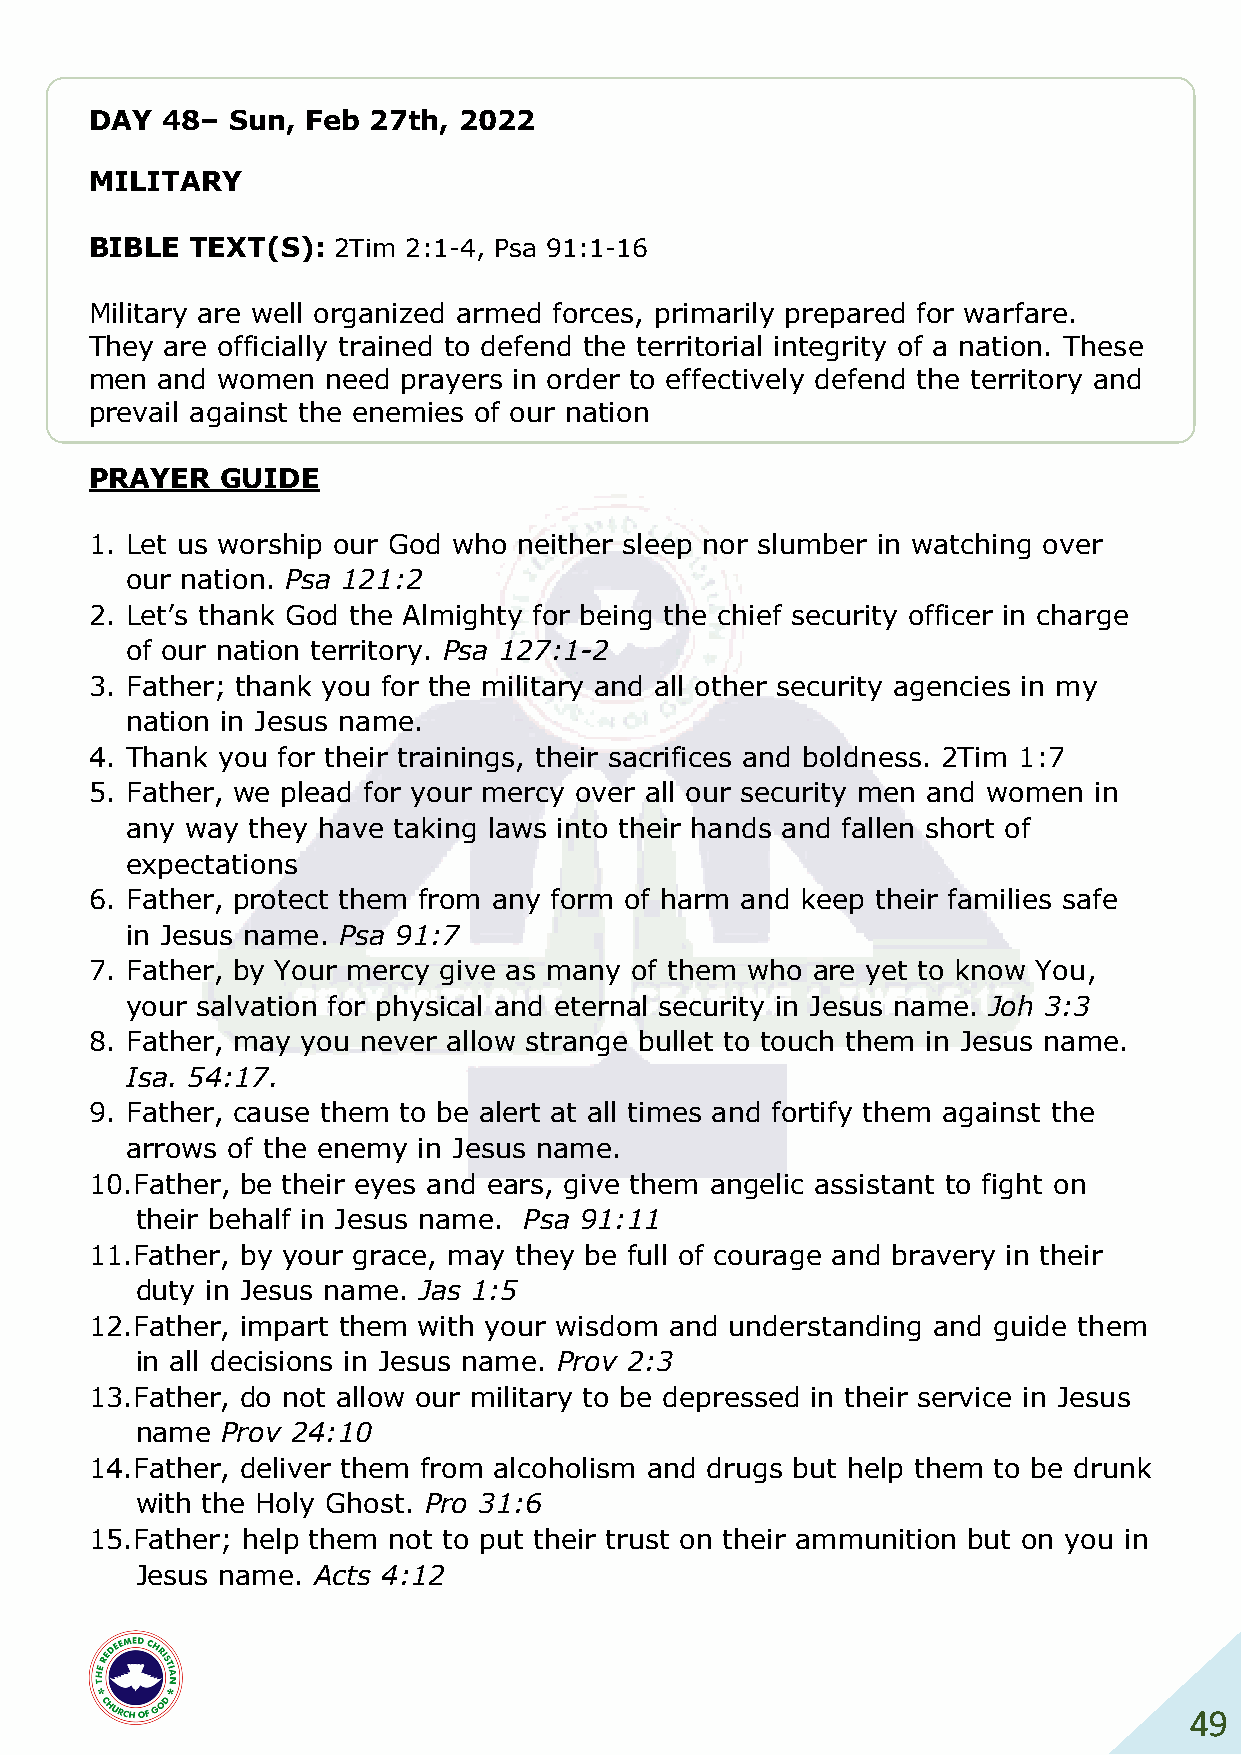
DAY  48– Sun, Feb 27th, 2022
 MILITARY
 BIBLE  TEXT(S): 2Tim 2:1-4, Psa 91:1-16
 Military are well organized armed forces, primarily prepared for warfare.
 They are officially trained to defend the territorial integrity of a nation. These
 men and women   need prayers in order to effectively defend the territory and
 prevail against the enemies of our nation
 PRAYER   GUIDE
 1. Let us worship our God who neither sleep nor slumber in watching over
 our nation. Psa 121:2
 2. Let’s thank God the Almighty for being the chief security officer in charge
 of our nation territory. Psa 127:1-2
 3. Father; thank you for the military and all other security agencies in my
 nation in Jesus name.
 4. Thank you for their trainings, their sacrifices and boldness. 2Tim 1:7
 5. Father, we plead for your mercy over all our security men and women in
 any way they have taking laws into their hands and fallen short of
 expectations
 6. Father, protect them from any form of harm and keep their families safe
 in Jesus name. Psa 91:7
 7. Father, by Your mercy give as many of them who are yet to know You,
 your salvation for physical and eternal security in Jesus name. Joh 3:3
 8. Father, may you never allow strange bullet to touch them in Jesus name.
 Isa. 54:17.
 9. Father, cause them to be alert at all times and fortify them against the
 arrows of the enemy in Jesus name.
 10. Father, be their eyes and ears, give them angelic assistant to fight on
 their behalf in Jesus name. Psa 91:11
 11. Father, by your grace, may they be full of courage and bravery in their
 duty in Jesus name. Jas 1:5
 12. Father, impart them with your wisdom and understanding and guide them
 in all decisions in Jesus name. Prov 2:3
 13. Father, do not allow our military to be depressed in their service in Jesus
 name  Prov 24:10
 14. Father, deliver them from alcoholism and drugs but help them to be drunk
 with the Holy Ghost. Pro 31:6
 15. Father; help them not to put their trust on their ammunition but on you in
 Jesus name. Acts 4:12
 49